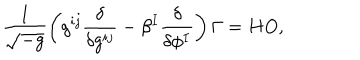
LaTeX: \frac { 1 } { \sqrt { - g } } \left( g ^ { i j } { \frac { \delta } { \delta g ^ { i j } } } - \beta ^ { I } \frac { \delta } { \delta \phi ^ { I } } \right) \Gamma = H O ,